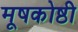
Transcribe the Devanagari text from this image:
मूषकोष्ठी